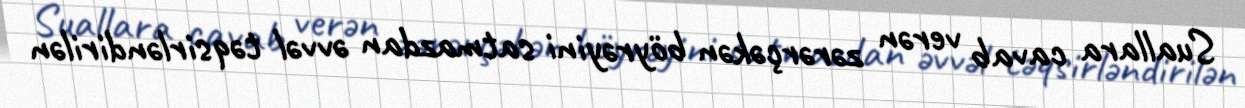
Suallara cavab verən zərərçəkən böyrəyini satmazdan əvvəl təqsirləndirilən